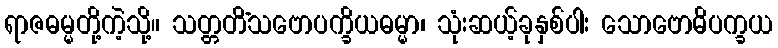
ရာဇဓမ္မတို့ကဲ့သို့။ သတ္တတိံသဗောပက္ခိယဓမ္မာ၊ သုံးဆယ့်ခုနှစ်ပါး သောဗောဓိပက္ခယ